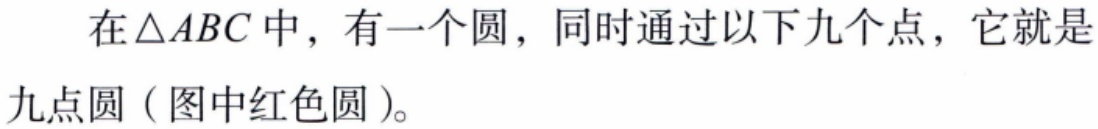
在$\triangle ABC$中，有一个圆，同时通过以下九个点，它就是
九点圆（图中红色圆）。